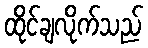
ထိုင်ချလိုက်သည်